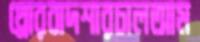
থ্রোরবাদশারঢালআম